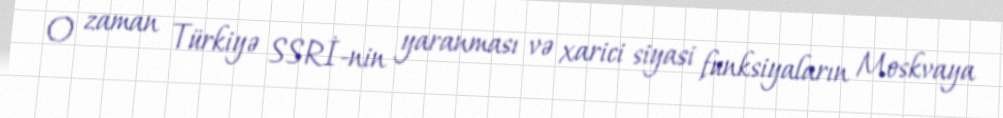
O zaman Türkiyə SSRİ-nin yaranması və xarici siyasi funksiyaların Moskvaya